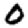
Digit: 0